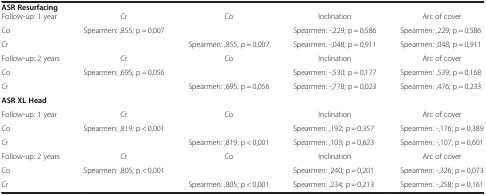
| ASR Resurfacing |  |  |  |  |
 | --- | --- | --- | --- | --- |
 | Follow-up: 1 year | Cr | Co | Inclination | Arc of cover |
 | Co | Spearmen: ,855; p = 0,007 |  | Spearmen: -,229; p = 0,586 | Spearmen: ,229; p = 0,586 |
 | Cr |  | Spearmen: ,855; p = 0,007 | Spearmen: -,048; p = 0,911 | Spearmen: ,048; p = 0,911 |
 | Follow-up: 2 years | Cr | Co | Inclination | Arc of cover |
 | Co | Spearmen: ,695; p = 0,056 |  | Spearmen: -,530; p = 0,177 | Spearmen: ,539; p = 0,168 |
 | Cr |  | Spearmen: ,695; p = 0,056 | Spearmen: -,778; p = 0,023 | Spearmen: ,476; p = 0,233 |
 | ASR XL Head |  |  |  |  |
 | Follow-up: 1 year | Cr | Co | Inclination | Arc of cover |
 | Co | Spearmen: ,819; p < 0,001 |  | Spearmen: ,192; p = 0,357 | Spearmen: -,176; p = 0,389 |
 | Cr |  | Spearmen: ,819; p < 0,001 | Spearmen: ,103; p = 0,623 | Spearmen: -,107; p = 0,601 |
 | Follow-up: 2 years | Cr | Co | Inclination | Arc of cover |
 | Co | Spearmen: ,805; p < 0,001 |  | Spearmen: ,240; p = 0,201 | Spearmen: -,326; p = 0,073 |
 | Cr |  | Spearmen: ,805; p < 0,001 | Spearmen: ,234; p = 0,213 | Spearmen: -,258; p = 0,161 |